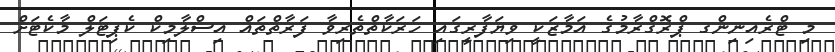
މި ޓްރެއިނިންގ ޕްރޮގްރާމުގެ އަމާޒަކީ ވިޔަފާރީގައި ހަރަކާތްތެރިވާ ފަރާތްތައް އިސްލާމިކް ކެޕިޓަލް މާކެޓަށް